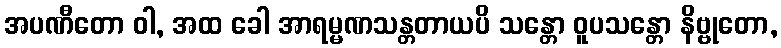
အပဏီတော ဝါ, အထ ခေါ အာရမ္မဏသန္တတာယပိ သန္တော ဝူပသန္တော နိဗ္ဗုတော,